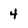
Character: 4